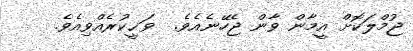
ޖުމްލަކޮށް އީމާން ވާން ޖެހޭނެއެވެ.  ވަޙީކުރެއްވިއެވެ.